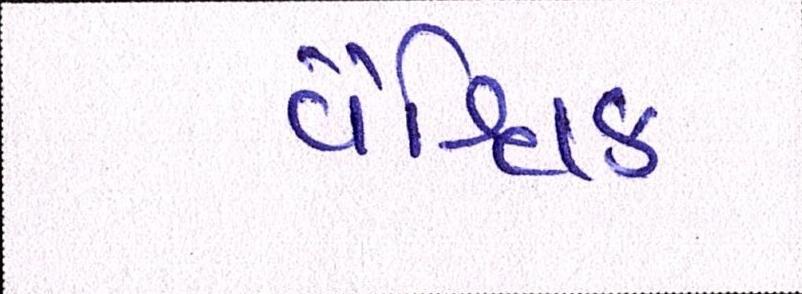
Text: વૈશ્વિક